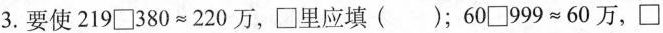
3.要使$$219\square 380\approx 220万$$，\square 里应填()；$$60\square 999\approx 60万$$，\square